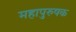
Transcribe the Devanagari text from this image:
महापुरुषक